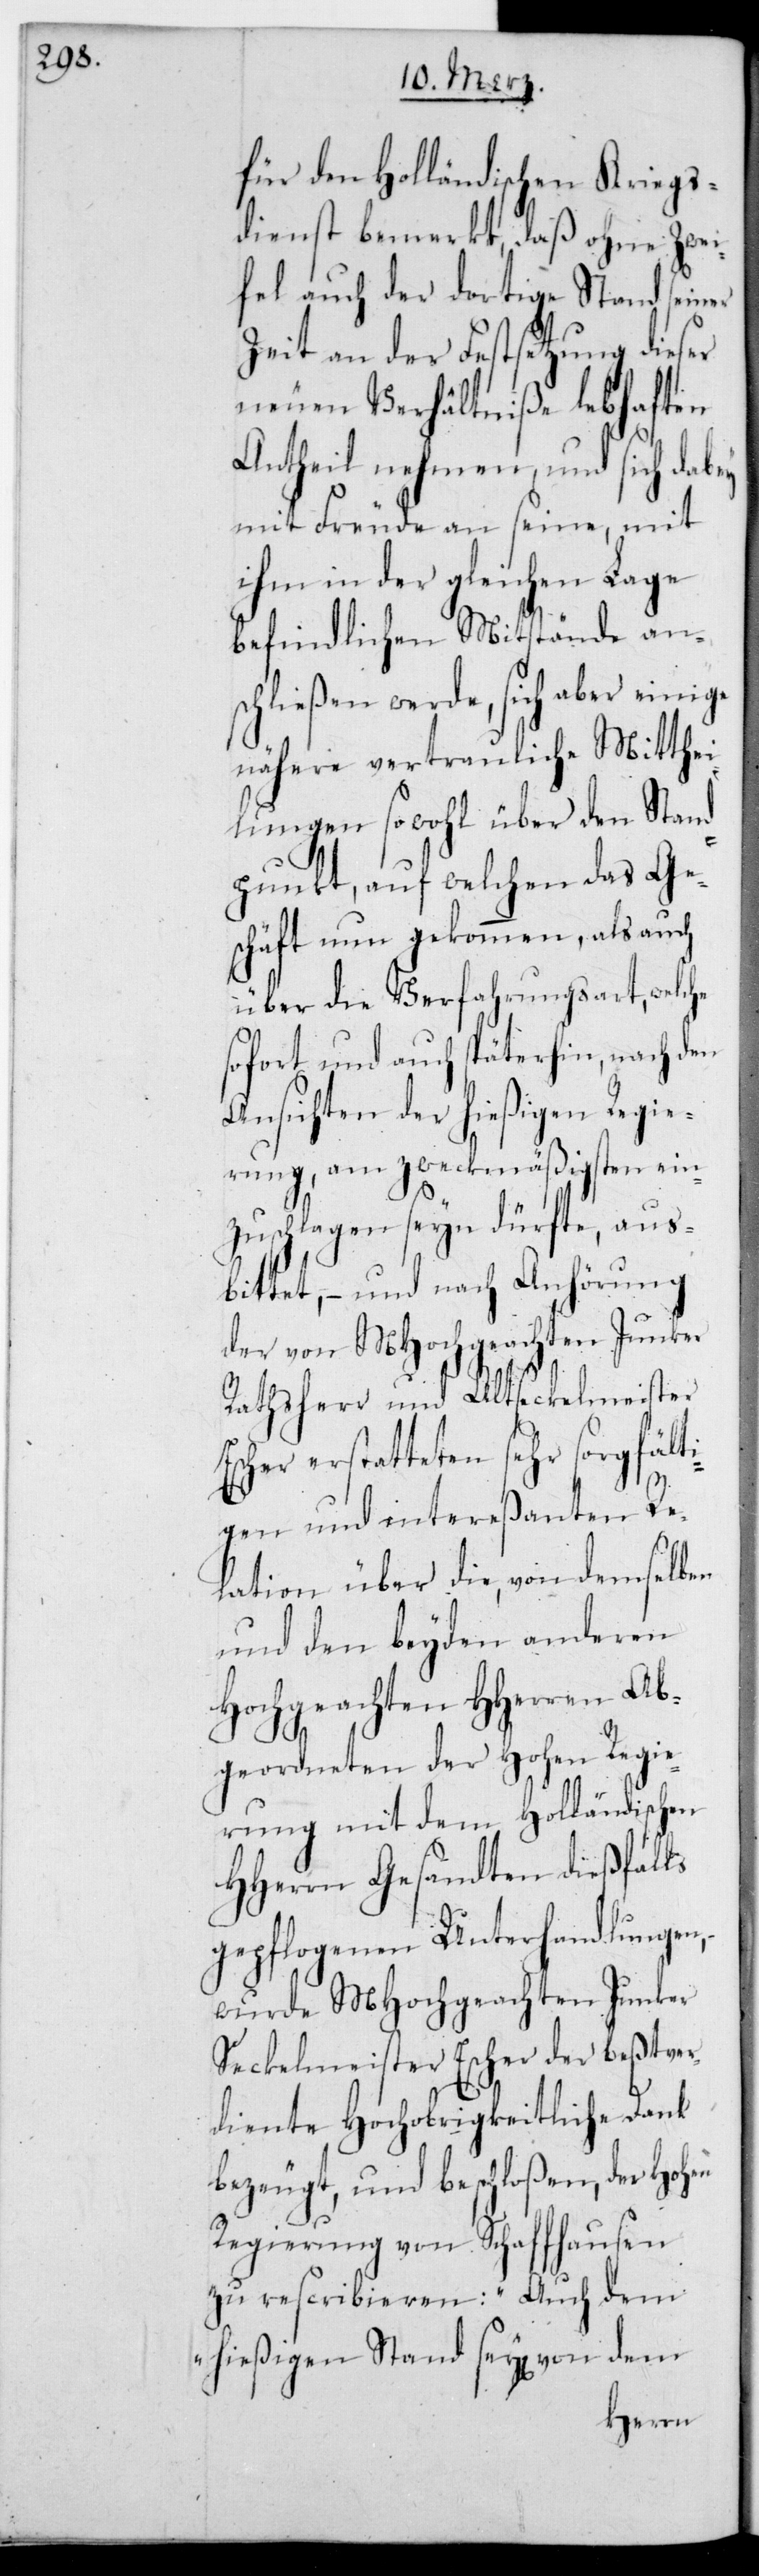
für den Holländischen Kriegs¬
dienst bemerkt, daß ohne Zwei¬
fel auch der dortige Stand seiner
Zeit an der Festsetzung dieser
neuen Verhältniße lebhaften
Antheil nehmen, und sich dabey
mit Freude an seine, mit
ihm in der gleichen Lage
befindlichen Mitstände an¬
schließen werde, sich aber einige
nähere vertrauliche Mitthe¬
ilungen sowohl über den Stand¬
punkt, auf welchen das Ge¬
schäft nun gekommen, als auch
über die Verfahrungsart, welche
sofort und auch späterhin nach den
Ansichten der hießigen Regie¬
rung, am zweckmäßigsten ein¬
zuschlagen sein dürfte, aus¬
bittet, – und nach Anhörung
Regie¬
der von MHochgeach¬
meister
Rathsherr und Altsec¬
gfält¬
Escher erstatteten sehr
Re¬
igen und intereßanten
lation über die, von demselben
und den beyden anderen
Ab¬
Hochgeachten H¬
geordneten der Hohen
rung mit dem Holländischen
HHerrn Gesandten dießfalls
gepflogenen Unterhandlungen,
wurde MHochgeachten Junker
Seckelmeister Escher der beßtver¬
diente Hochobrigkeitliche Dank
bezeugt und beschloßen, der Hohen
Regierung von Schaffhausen
zu rescribieren: „Auch dem
hießigen Stand seyen von dem
Herren